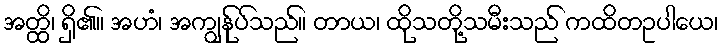
အတ္ထိ၊ ရှိ၏။ အဟံ၊ အကျွန်ုပ်သည်။ တာယ၊ ထိုသတို့သမီးသည် ကထိတဥပါယေ၊